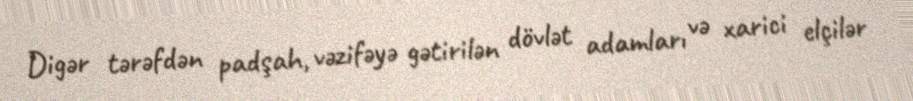
Digər tərəfdən padşah, vəzifəyə gətirilən dövlət adamları və xarici elçilər